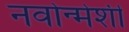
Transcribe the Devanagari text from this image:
नवोन्मेशी